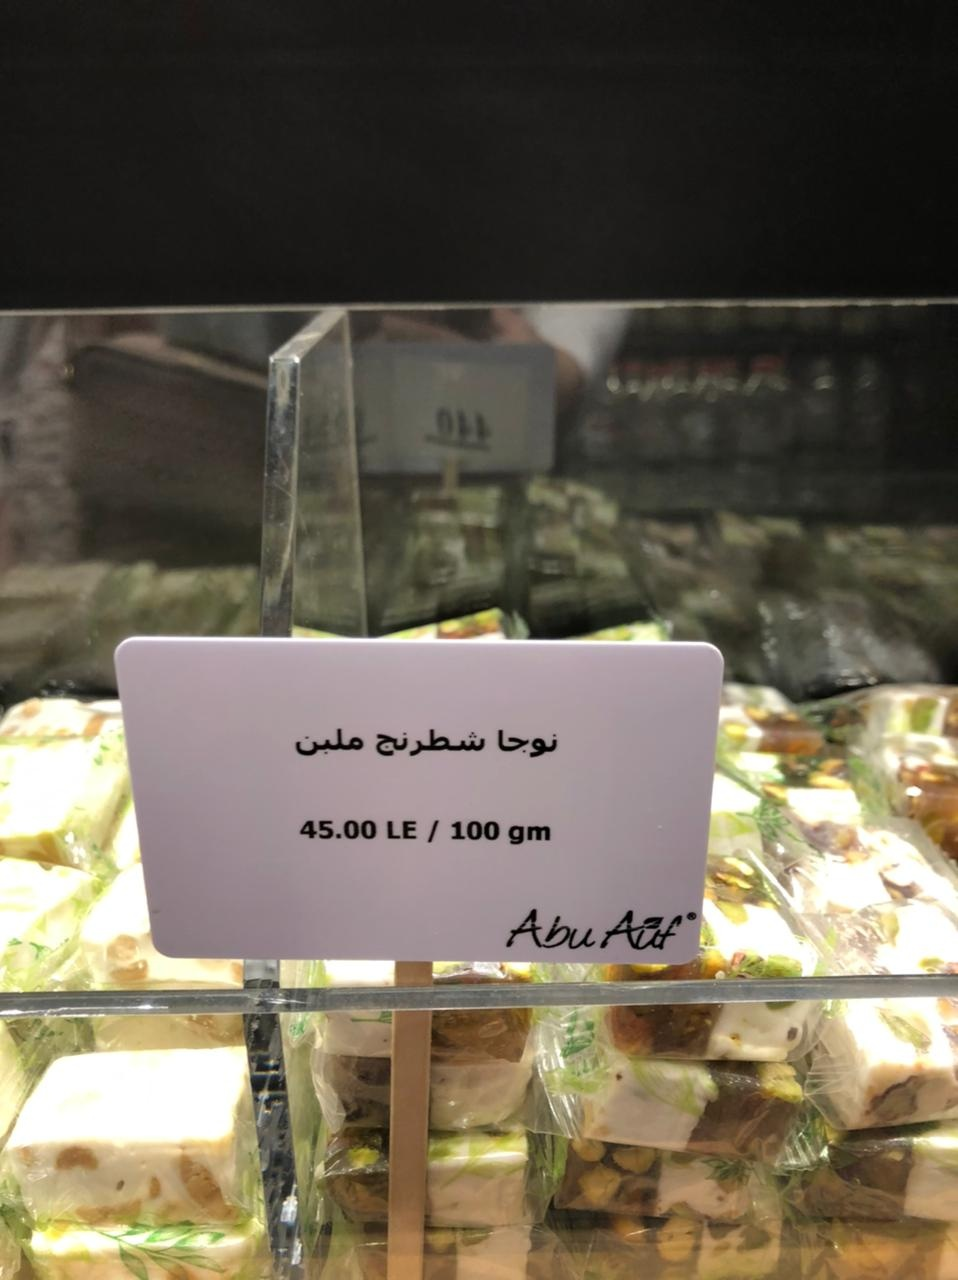
Text in image: نوجا شطرنج ملبن 45.00 LE/ 100 gm Abu Auf